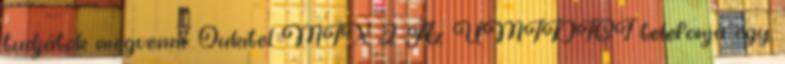
tudjátok megvenni: Oukitel MIX 2 Az UMIDIGI telefonja egy,